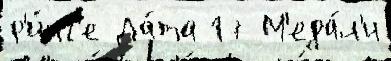
р'и́нг'е Да́та 17 М'еда́л'и